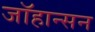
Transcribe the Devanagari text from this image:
जाॅहान्सन